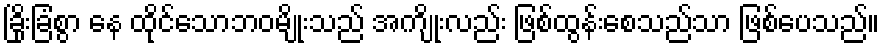
ခြိုးခြံစွာ နေ ထိုင်သောဘဝမျိုးသည် အကျိုးလည်း ဖြစ်ထွန်းစေသည်သာ ဖြစ်ပေသည်။